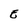
Character: E